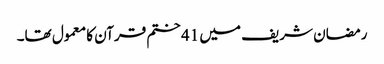
رمضان شریف میں 41 ختم قرآن کا معمول تھا۔